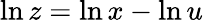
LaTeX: \ln z=\ln x-\ln u